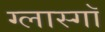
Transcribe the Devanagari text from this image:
ग्लास्गाॅ